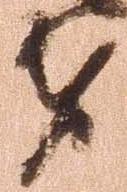
者